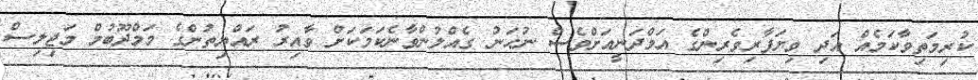
ކުރިމަތިވާކަމެއް އަދި ވިޔަފާރިވެރިންގެ އަމްދަނީއަށްވެސް ނުހަނު ގެއްލުންވާނެކަމަކަށް ވާއިރު ރައްޔިތުންގެ މަމްދޫބުމް މަޖިލިސް